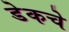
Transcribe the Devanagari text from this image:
डेकचे